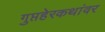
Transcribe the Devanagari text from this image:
गुप्तहेरकथांवर